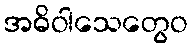
အဓိဝါသေတွေဝ